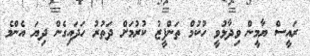
ރައީސް ޔާމީން ވިދާޅުވީ ހުކުމް ތަންފީޒު ކުރުމަށް ދަތުރު ހަދައިގެން ދިޔަ އެންމެ